Annual report of the Madras Medical College
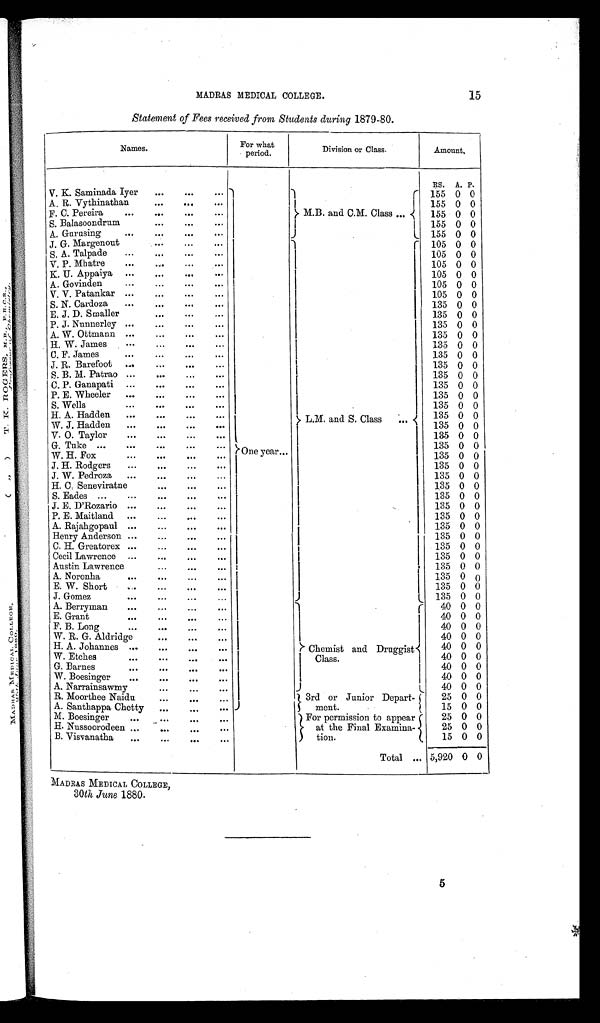
MADRAS MEDICAL COLLEGE.
15
Statement of Fees received from Students during 1879-80.
Names.
For what
period.
Division or Class.
Amount,
RS. A.
P.
V. K. Saminada Iyer
...
...
...
One year...
M.B. and C.M. Class ...
155 0 0
A. R. Vythinathan
...
...
...
155 0 0
F. C. Pereira
...
...
...
...
155 0 0
S. Balasoondrum
...
...
...
155 0 0
A. Gurusing
...
...
...
...
155 0
0
J. G. Margenout
...
...
...
L.M. and S. Class
105 0 0
S. A. Talpade
...
...
...
...
105 0 0
105 0 0
V. P. Mhatre
...
..,,
...
K. U. Appaiya ...
...
... ...
105 0 0
A. Govinden
...
...
...
...
105 0 0
V. V. Patankar ...
...
...
...
105 0 0
S. N. Cardoza
...
...
...
...
135 0 0
E. J. D. Smaller
...
...
...
135 0 0
P. J. Nunnerley ...
...
...
...
135 0 0
A. W. Ottmann ...
...
...
...
135 0 0
135 0 0
H. W. James
.... .
135 0 0
C. F. James ... ... ... ...
J. R. Barefoot ....
...
...
...
135 0 0
S. B. M. Patrao ...
135 0 0
C. P. Ganapati ...
...
...
...
135 0 0
P. E. Wheeler ...
...
...
...
135 0 0
135 0 0
S. Wells
...
...
...
...
H. A. Hadden ...
...
...
...
135 0 0
W. J. Hadden
...
...
...
...
135 0 0
V . 0 . T a y l o r
. . .
. . .
. . .
135 0 0
G. Tuke ...
...
...
....
135 0 0
W. H. Fox
...
...
...
...
135 0 0
J. H. Rodgers
...
...
...
...
135 0 0
J. W. Pedroza ...
...
...
...
135 0 0
135 0 0
H. C. Seneviratne
...
...
...
...
S. Eades ......
...
...
135 0 0
J. E. D'Rozario ...
...
...
135 0 0
P. E. Maitland ...
...
...
...
135 0 0
A. Rajahgopaul ...
...
...
...
135 0 0
135 0 0
Henry Anderson ...
...
...
...
135 0 0
C. H. Greatorex ...
...
...
...
Cecil Lawrence ...
...
...
...
135 0 0
Austin Lawrence
...
...
...
135 0 0
A. Noronha
...
...
...
...
135 0 0
E. W. Short
...
...
...
...
135 0 0
135 0 0
J. Gomez
...
...
...
A. Berryman
...
...
...
...
Chemist and Druggist
Class.
40 0 0
40 0 0
E. Grant
...
...
...
F. B. Long
...
...
...
40 0 0
W. R. G. Aldridge
...
...
40 0 0
H. A. Johannes ...
...
...
...
40 0 0
W. Etches
...
...
...
40 0 0
G. Barnes
...
...
...
...
40 0 0
40 0 0
W. Boesinger ...
...
. . .
40 0 0
A. Narrainsawmy
...
...
...
R. Moorthee Naidu
...
...
3rd or Junior Depart-
ment.
25 0 0
1 5 0 0
A. Santhappa Chetty ...
...
M. Boesinger
...
...
For permission to appear
at the Final Examina-
tion
25 0 0
25 0 0
H. Nussoorodeen ...
...
...
...
B. Visvanatha...
...
...
...
15 0 0
Total ... 5,920 0 0
MADRAS MEDICAL COLLEGE,
30th June 1880.